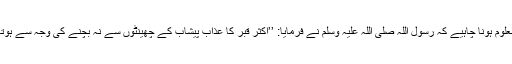
انہیں معلوم ہونا چاہیے کہ رسول اللہ صلی اللہ علیہ وسلم نے فرمایا: ’’اکثر قبر کا عذاب پیشاب کے چھینٹوں سے نہ بچنے کی وجہ سے ہوتا ہے‘‘۔